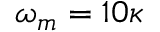
\omega _ { m } = 1 0 \kappa